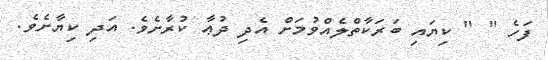
ފަހެ " " ކިޔައި ބަރަކާތްލެއްވުމަށް އެދި ދުޢާ ކުރާށެވެ. އަދި ކިޔާށެވެ.